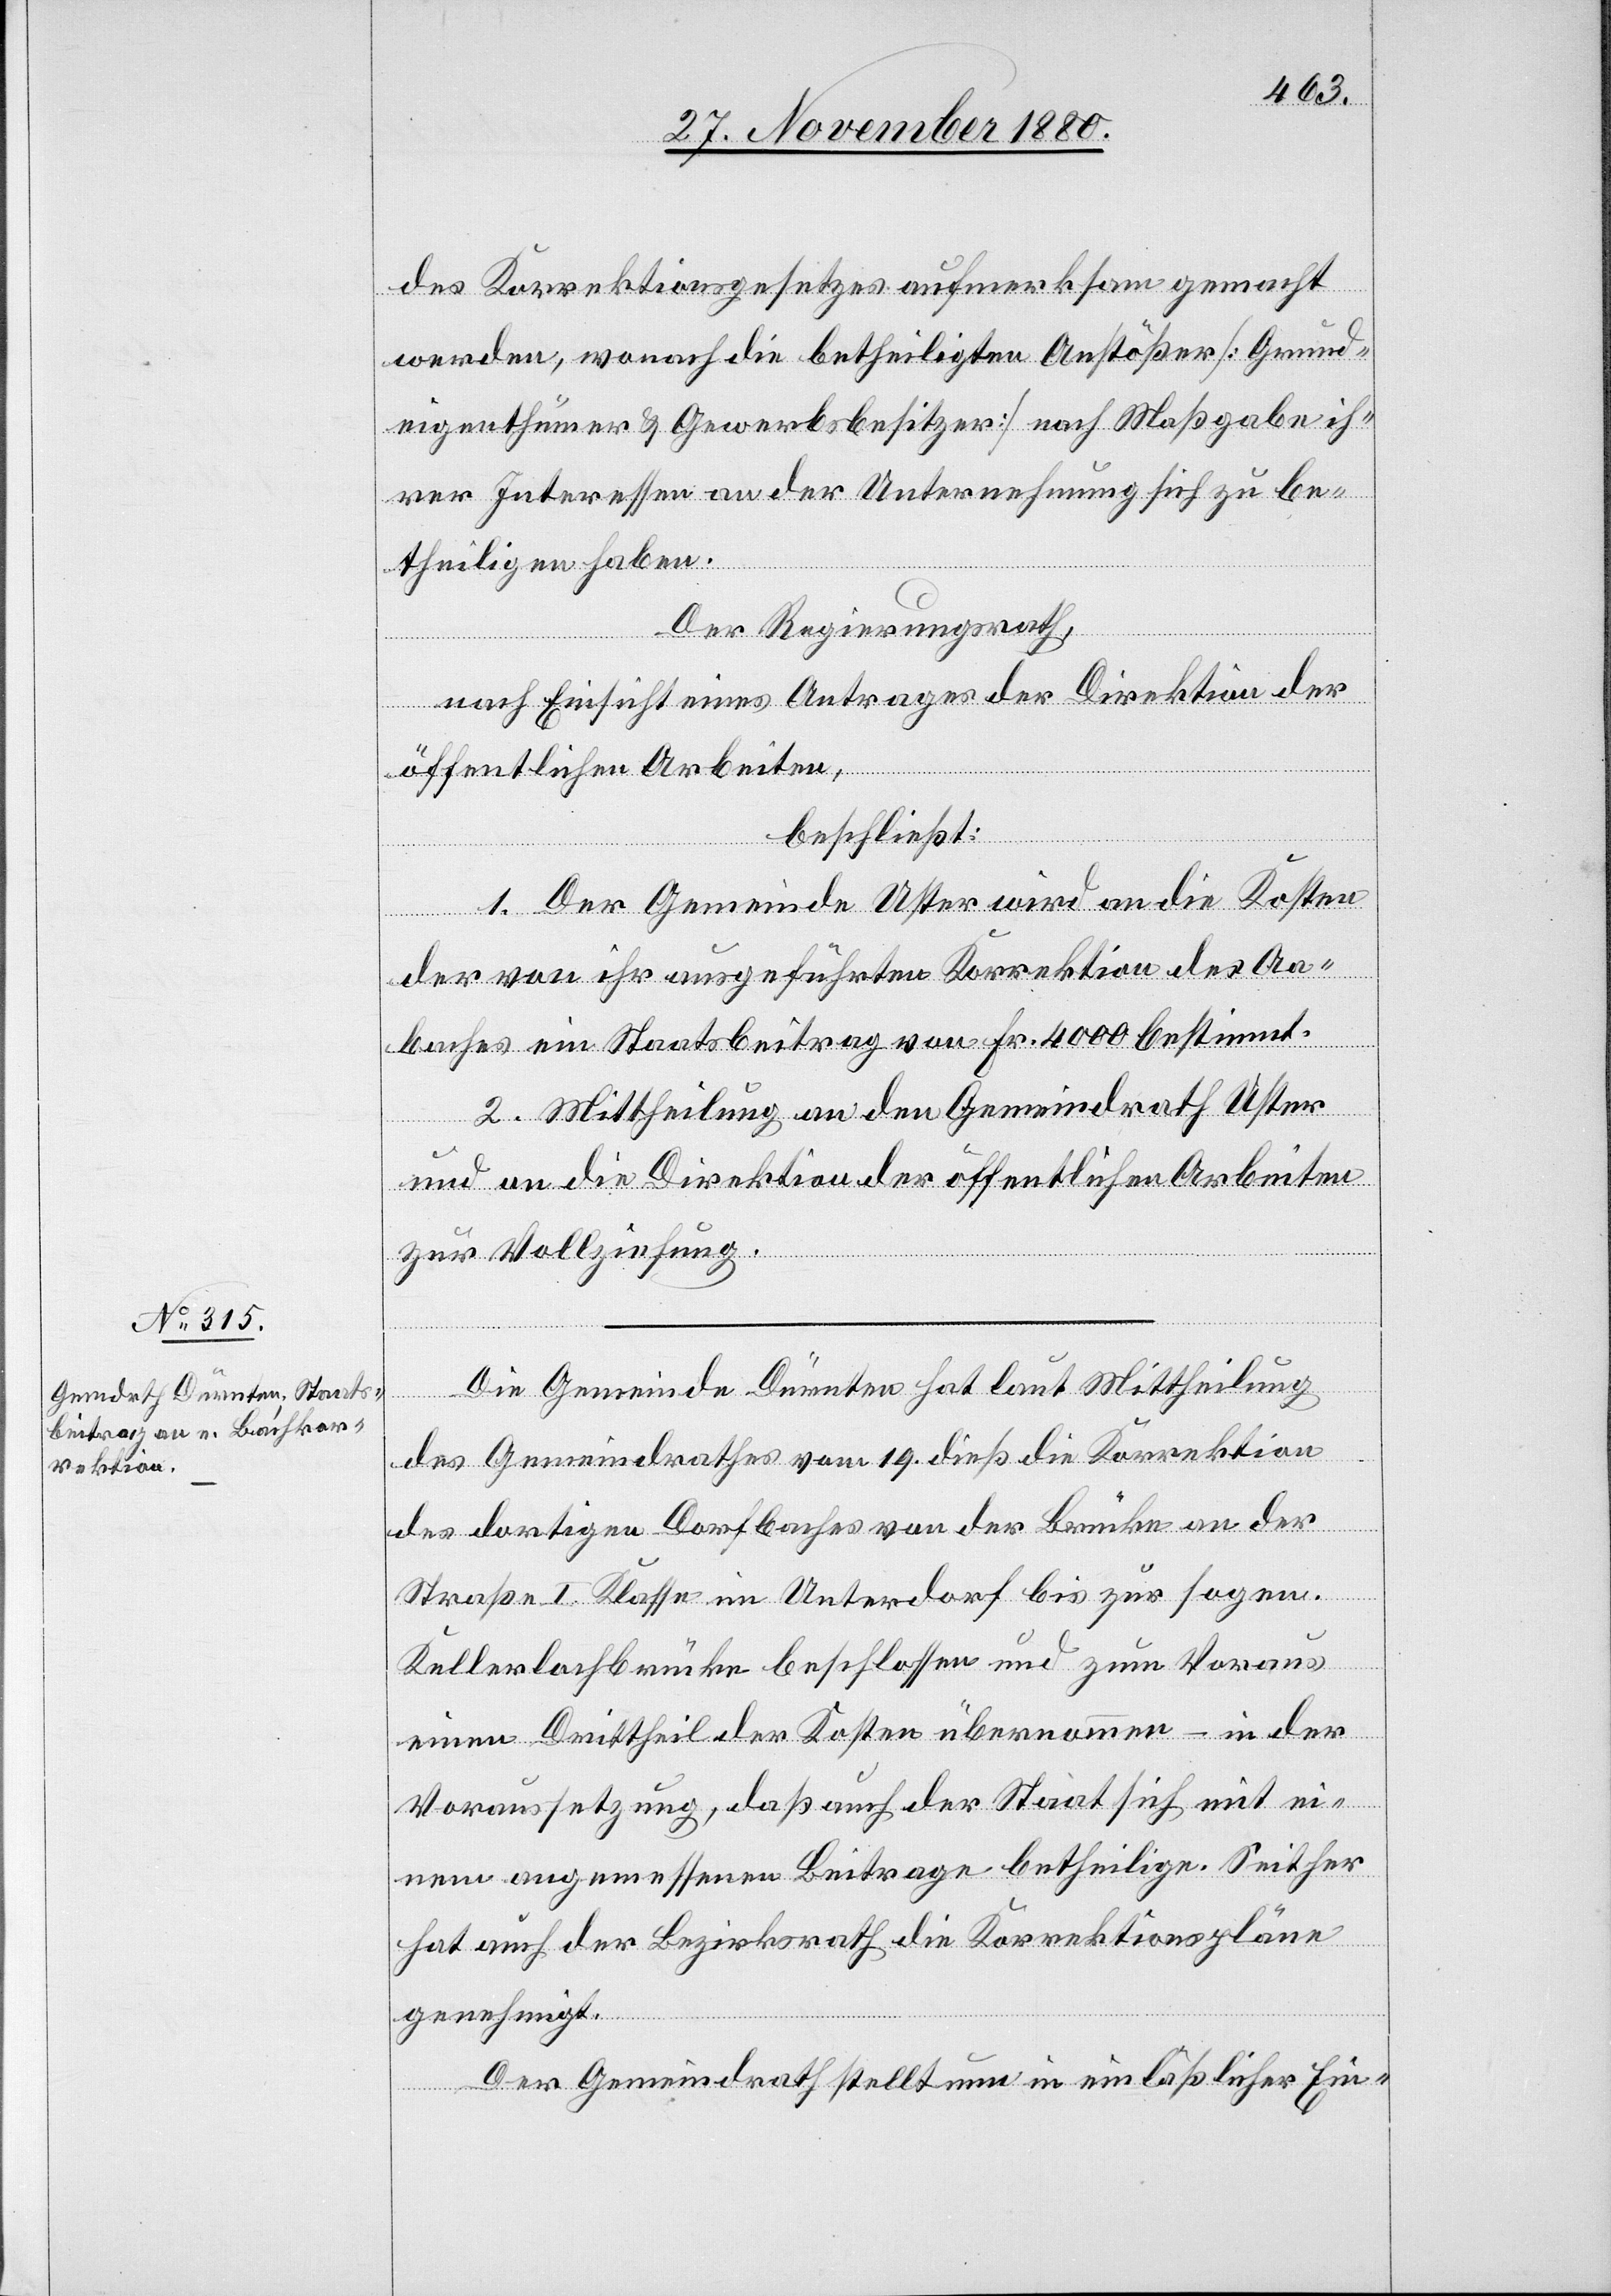
des Korrektionsgesetzes aufmerksam gemacht
werden, wonach die betheiligten Anstößer [Grund¬
eigenthümer & Gewerbsbesitzer] nach Maßgabe ih¬
rer Interessen an der Unternehmung sich zu be¬
theiligen haben.
Der Regierungsrath,
nach Einsicht eines Antrages der Direktion der
öffentlichen Arbeiten,
beschließt:
1. Der Gemeinde Uster wird an die Kosten
der von ihr ausgeführten Korrektion des Aa¬
baches ein Staatsbeitrag von Fr. 4000 bestimmt.
2. Mittheilung an den Gemeindrath Uster
und an die Direktion der öffentlichen Arbeiten
zur Vollziehung.
Die Gemeinde Dürnten hat laut Mittheilung
des Gemeindrathes vom 19. dieß die Korrektion
des dortigen Dorfbaches von der Brücke an der
Straße I. Klasse im Unterdorf bis zur sogen.
Kellerlochbrücke beschlossen und zum Voraus
ein Drittheil der Kosten übernommen – in der
Voraussetzung, daß auch der Staat sich mit ei¬
nem angemessenen Beitrage betheilige. Seither
hat auch der Bezirksrath die Korrektionspläne
genehmigt.
Der Gemeindrath stellt nun in einläßlicher Ein-